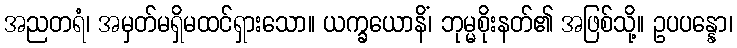
အညတရံ၊ အမှတ်မရှိမထင်ရှားသော။ ယက္ခယောနိံ၊ ဘုမ္မစိုးနတ်၏ အဖြစ်သို့။ ဥပပန္နော၊